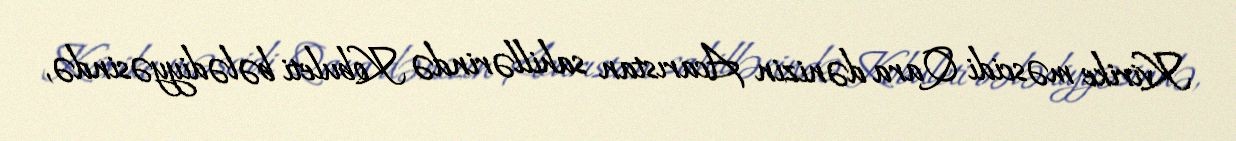
Kvirike məscidi Qara dənizin Acarıstan sahillərində Kobuleti bələdiyyəsində,